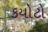
કયોટો